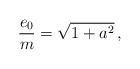
\begin{align*}\frac{e_0}{m} = \sqrt{1 + a^2}\, ,\end{align*}